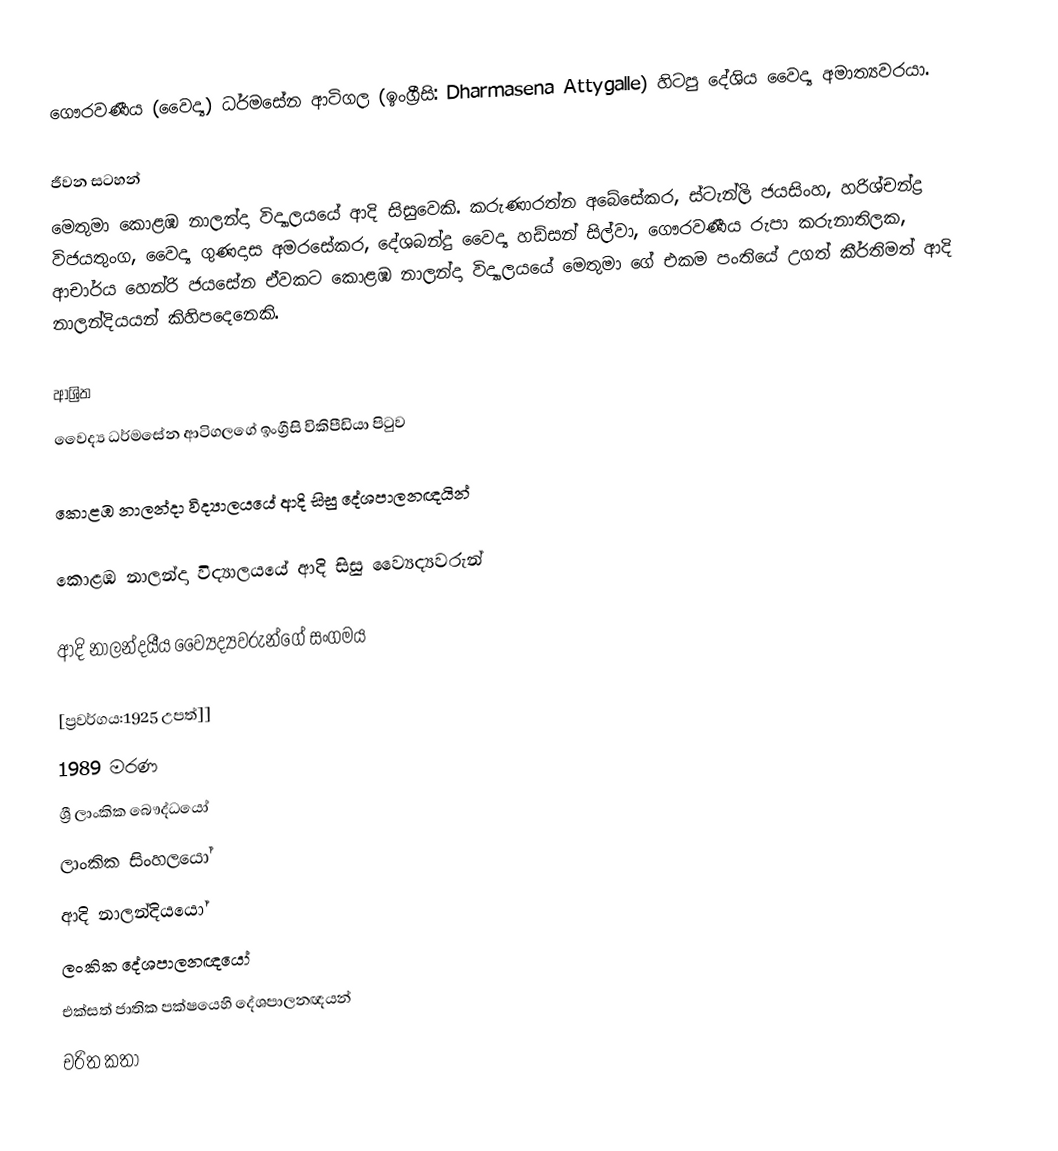
ගෞරවණීය (වෛද්‍ය) ධර්මසේන ආටිගල (ඉංග්‍රීසි: Dharmasena Attygalle) හිටපු දේශිය වෛද්‍ය අමාත්‍යවරයා.

ජීවන සටහන්
මෙතුමා  කොළඹ නාලන්දා විද්‍යාලයයේ ආදි සිසුවෙකි.  කරුණාරත්න අබේසේකර, ස්ටැන්ලි ජයසිංහ, හරිශ්චන්ද්‍ර විජයතුංග, වෛද්‍ය  ගුණදාස අමරසේකර, දේශබන්දු වෛද්‍ය හඩ්සන් සිල්වා, ගෞරවණීය රුපා කරුනාතිලක, ආචාර්ය හෙන්රි ජයසේන ඒවකට කොළඹ නාලන්දා විද්‍යාලයයේ මෙතුමා ගේ එකම පංතියේ උගත් කීර්තිමත් ආදි නාලන්දියයන් කිහිපදෙනෙකි.

ආශ්‍රිත
වෛද්‍ය ධර්මසේන ආටිගලගේ ඉංග්‍රීසි විකිපීඩියා පිටුව

කොළඹ නාලන්දා විද්‍යාලයයේ ආදි සිසු දේශපාලනඥයින්

 කොළඹ නාලන්දා විද්‍යාලයයේ ආදි සිසු ව්‍යෛද්‍යවරුන්

 ආදි නාලන්දයීය ව්‍යෛද්‍යවරුන්ගේ සංගමය

[ප්‍රවර්ගය:1925 උපත්]]
1989 මරණ
ශ්‍රී ලාංකික බෞද්ධයෝ
ලාංකික සිංහලයෝ
ආදි නාලන්දියයෝ
ලංකික දේශපාලනඥයෝ
එක්සත් ජාතික පක්ෂයෙහි දේශපාලනඥයන්
චරිත කතා